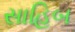
સાહિબ